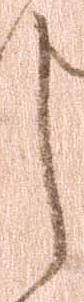
し